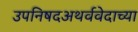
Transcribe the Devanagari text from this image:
उपनिषदअथर्ववेदाच्या